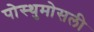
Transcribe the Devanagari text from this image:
पोस्थुमोसली